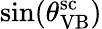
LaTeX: \sin(\theta_{\mathrm{VB}}^{\mathrm{sc}})